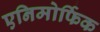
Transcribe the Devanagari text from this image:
एनिमोर्फिक